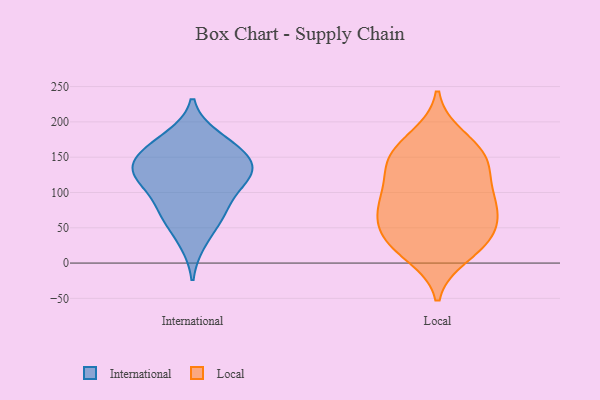
{"axis": {"x": "Temperature (°C)", "y": "Value"}, "legend": ["International", "Local"], "data": [{"x": "", "y": 135, "type": "International"}, {"x": "", "y": 140, "type": "International"}, {"x": "", "y": 109, "type": "International"}, {"x": "", "y": 178, "type": "International"}, {"x": "", "y": 118, "type": "International"}, {"x": "", "y": 124, "type": "International"}, {"x": "", "y": 68, "type": "International"}, {"x": "", "y": 125, "type": "International"}, {"x": "", "y": 69, "type": "International"}, {"x": "", "y": 151, "type": "International"}, {"x": "", "y": 171, "type": "International"}, {"x": "", "y": 30, "type": "International"}, {"x": "", "y": 76, "type": "International"}, {"x": "", "y": 157, "type": "International"}, {"x": "", "y": 94, "type": "Local"}, {"x": "", "y": 126, "type": "Local"}, {"x": "", "y": 162, "type": "Local"}, {"x": "", "y": 79, "type": "Local"}, {"x": "", "y": 40, "type": "Local"}, {"x": "", "y": 69, "type": "Local"}, {"x": "", "y": 40, "type": "Local"}, {"x": "", "y": 12, "type": "Local"}, {"x": "", "y": 152, "type": "Local"}, {"x": "", "y": 23, "type": "Local"}, {"x": "", "y": 34, "type": "Local"}, {"x": "", "y": 90, "type": "Local"}, {"x": "", "y": 178, "type": "Local"}, {"x": "", "y": 139, "type": "Local"}, {"x": "", "y": 79, "type": "Local"}, {"x": "", "y": 143, "type": "Local"}]}